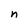
Character: n